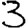
Digit: 3